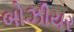
બોઝીયર